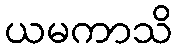
ယမကာသိ